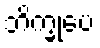
ဘိက္ခုပေ